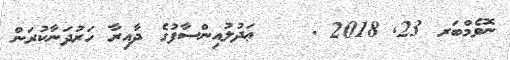
ނޮވެމްބަރ 23